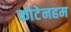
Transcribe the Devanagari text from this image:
कोटेनहम